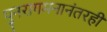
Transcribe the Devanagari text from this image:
पुनरागमनानंतरही